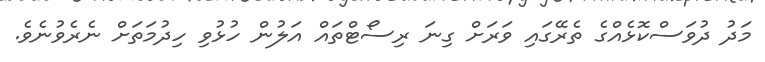
މަދު ދުވަސްކޮޅެއްގެ ތެރޭގައި ވަރަށް ގިނަ ރިސޯޓްތައް އަލުން ހުޅުވި ހިދުމަތަށް ނެރެވުނެވެ.